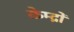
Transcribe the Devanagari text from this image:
केम्द्रों